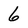
Character: 6